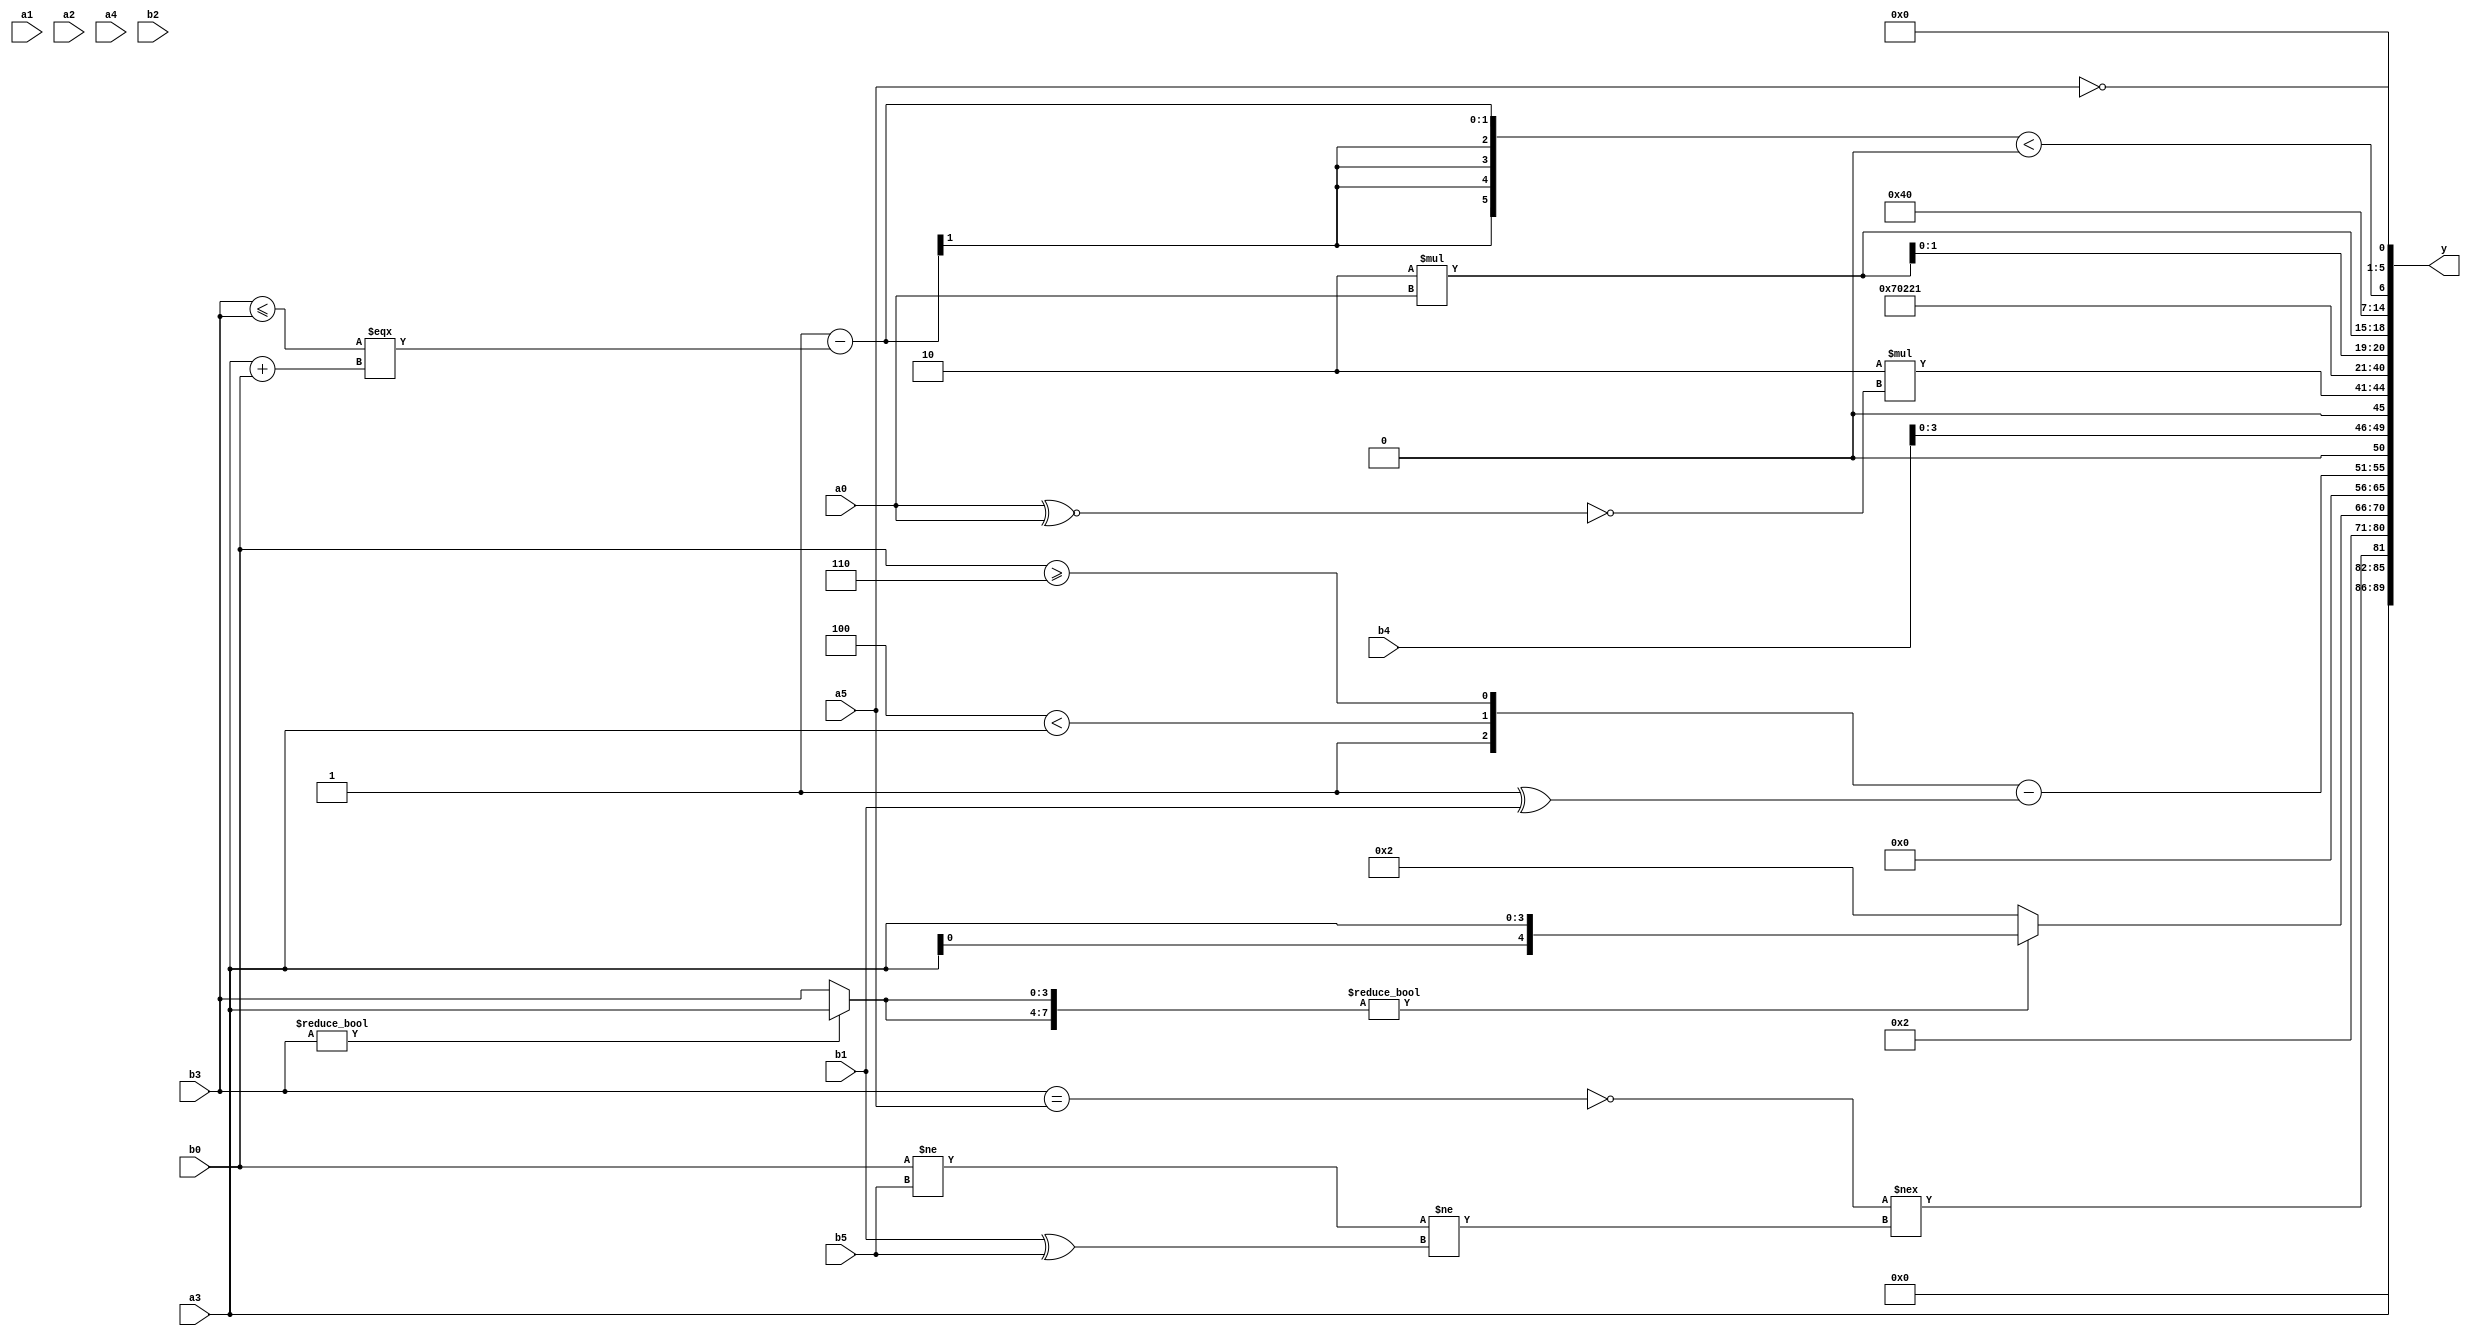
module expression_00983(a0, a1, a2, a3, a4, a5, b0, b1, b2, b3, b4, b5, y);
  input [3:0] a0;
  input [4:0] a1;
  input [5:0] a2;
  input signed [3:0] a3;
  input signed [4:0] a4;
  input signed [5:0] a5;

  input [3:0] b0;
  input [4:0] b1;
  input [5:0] b2;
  input signed [3:0] b3;
  input signed [4:0] b4;
  input signed [5:0] b5;

  wire [3:0] y0;
  wire [4:0] y1;
  wire [5:0] y2;
  wire signed [3:0] y3;
  wire signed [4:0] y4;
  wire signed [5:0] y5;
  wire [3:0] y6;
  wire [4:0] y7;
  wire [5:0] y8;
  wire signed [3:0] y9;
  wire signed [4:0] y10;
  wire signed [5:0] y11;
  wire [3:0] y12;
  wire [4:0] y13;
  wire [5:0] y14;
  wire signed [3:0] y15;
  wire signed [4:0] y16;
  wire signed [5:0] y17;

  output [89:0] y;
  assign y = {y0,y1,y2,y3,y4,y5,y6,y7,y8,y9,y10,y11,y12,y13,y14,y15,y16,y17};

  localparam [3:0] p0 = (&(5'd25));
  localparam [4:0] p1 = ((|((4'd1)?(-4'sd7):(4'sd3)))?((~|(2'd1))?(!(5'sd2)):((4'd2)?(5'sd9):(5'd15))):(((4'sd0)+(2'd2))?((-3'sd0)?(2'd3):(3'd3)):((3'd6)<<(2'd2))));
  localparam [5:0] p2 = ((5'd2 * ((2'd0)^(3'd2)))<<<(((-2'sd0)<<(2'd0))!=((2'd0)==(4'd1))));
  localparam signed [3:0] p3 = {({(-3'sd3)}!={(4'd1)})};
  localparam signed [4:0] p4 = (((5'd24)|(2'sd1))&((5'd22)>=(2'd1)));
  localparam signed [5:0] p5 = (((4'd1)?(2'sd1):(4'sd4))?(^(+((5'd26)?(-5'sd13):(-2'sd0)))):((2'sd0)?(-2'sd1):(3'd6)));
  localparam [3:0] p6 = (3'sd1);
  localparam [4:0] p7 = (((|(~&((-4'sd4)<<(2'd3))))-(-4'sd7))^~(2'sd1));
  localparam [5:0] p8 = (!((((5'd24)?(-5'sd2):(-2'sd1))?((2'd1)?(-4'sd5):(5'd7)):{(2'sd0)})!==({(!(4'd6))}!=(~|((5'd19)<<(5'sd4))))));
  localparam signed [3:0] p9 = (~|((((3'd5)^(4'd1))>>>((2'sd0)==(5'sd5)))<=(((5'sd0)|(4'd0))<(4'd2 * (3'd3)))));
  localparam signed [4:0] p10 = (|((((4'd13)<<<(4'd9))>>(4'sd7))>=(((-3'sd3)|(5'd23))===(~(2'd1)))));
  localparam signed [5:0] p11 = ((-4'sd1)<<<(-2'sd0));
  localparam [3:0] p12 = (4'd2 * ((3'd3)>(3'd7)));
  localparam [4:0] p13 = ((~^(((2'd1)^(5'd14))>>>{2{(3'd3)}}))<<<{1{(-4'sd6)}});
  localparam [5:0] p14 = {{1{{(~{2{(&(-5'sd11))}}),({3{(4'sd5)}}>(~{(5'd12),(-4'sd0),(2'sd0)}))}}}};
  localparam signed [3:0] p15 = (5'd21);
  localparam signed [4:0] p16 = (((3'sd0)?(5'd5):(4'sd4))?{4{(4'd2)}}:((3'd1)?(4'sd2):(-4'sd1)));
  localparam signed [5:0] p17 = (5'd19);

  assign y0 = {p15,a3};
  assign y1 = ((~(^(b3==a5)))!==((b0!=b5)!=(b1^b5)));
  assign y2 = {1{((b0^a3)?(-2'sd0):(p0))}};
  assign y3 = (2'd2);
  assign y4 = ({2{(b3?a3:b3)}}?{3{a3}}:{4{p16}});
  assign y5 = (((+(p7||p12))>>>(p1^~p0))&((^(p5^~p14))<(p11!=p15)));
  assign y6 = (-2'sd0);
  assign y7 = ({(p0==p13),(p2<a3),(b0>=p14)}-((4'd0)?{a4,a3}:(p5^b1)));
  assign y8 = {((p4?b4:p13)<<<(p10||p6))};
  assign y9 = (4'd2 * (~(a0^~a0)));
  assign y10 = (4'd14);
  assign y11 = (p2>p12);
  assign y12 = {p1,p3,p5};
  assign y13 = (3'sd1);
  assign y14 = {2{(4'd2 * {a0})}};
  assign y15 = {2{{3{{1{p2}}}}}};
  assign y16 = (((~&(p9?p1:p14))-((b3<=b3)===(a3+b0)))<($unsigned((p16?p8:p10))>>>(p6?p2:p2)));
  assign y17 = {1{((2'd2)?(((-p10)?(!a5):(~|b0))):((4'sd0)&((a5?b2:p10))))}};
endmodule